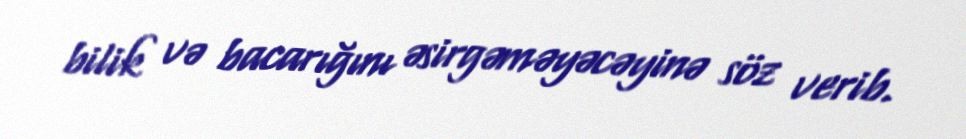
bilik və bacarığını əsirgəməyəcəyinə söz verib.